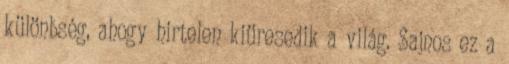
különbség, ahogy hirtelen kiüresedik a világ. Sajnos ez a